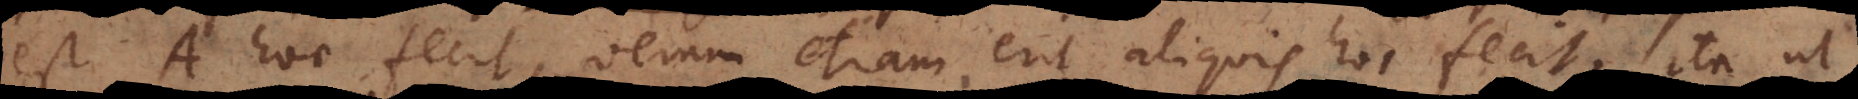
est A hoc fecit, verum etiam erit aliquis hoc fecit; ita ut